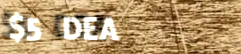
$5 DEAL